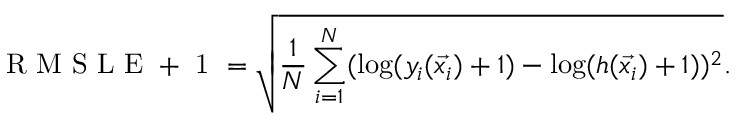
\mathrm { ~ R ~ M ~ S ~ L ~ E ~ + ~ 1 ~ } = \sqrt { \frac { 1 } { N } \sum _ { i = 1 } ^ { N } ( \log ( y _ { i } ( \vec { x _ { i } } ) + 1 ) - \log ( h ( \vec { x _ { i } } ) + 1 ) ) ^ { 2 } } .